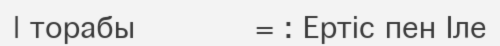
| торабы            = : Ертіс пен Іле